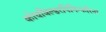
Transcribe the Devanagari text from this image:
कोचबिल्डरपिनिन्फरिना